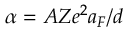
\alpha = A Z e ^ { 2 } a _ { F } / d